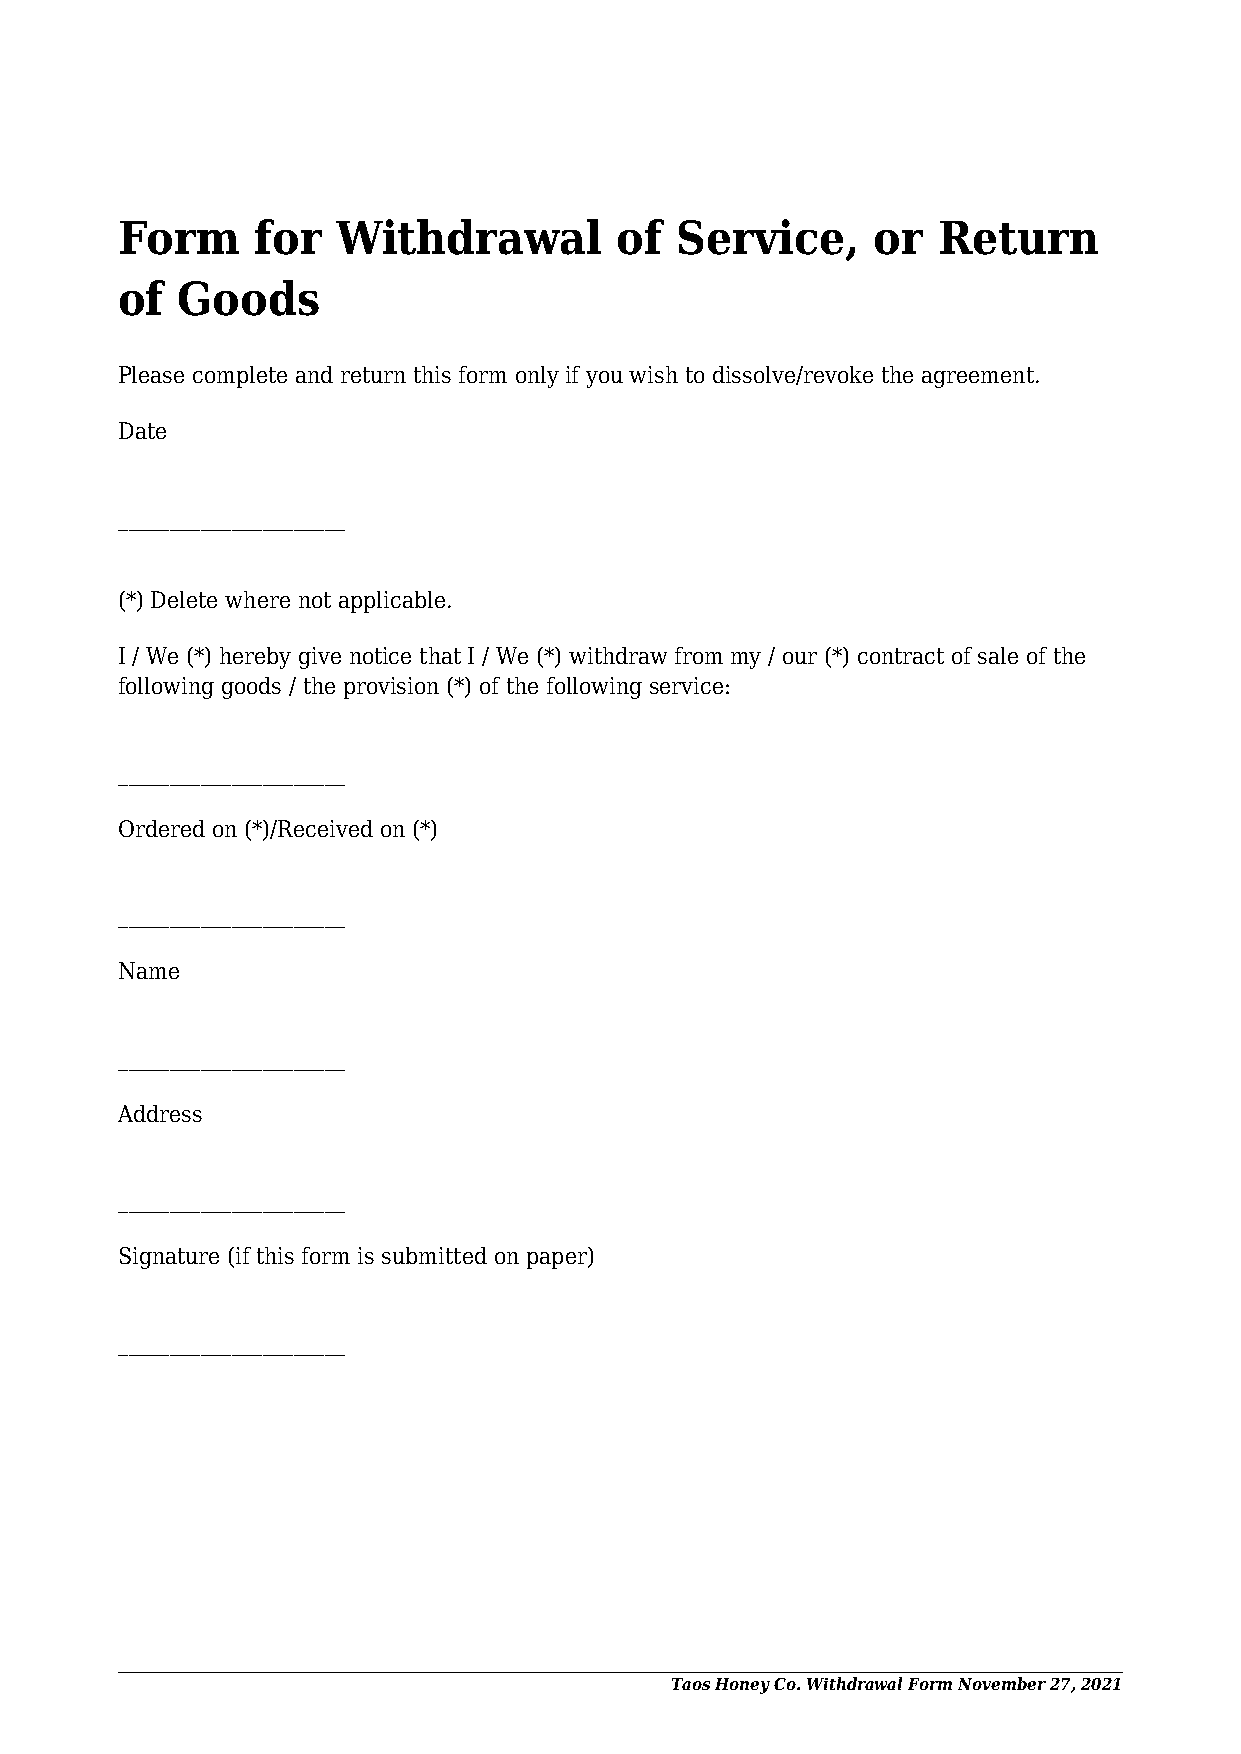
Form     for  Withdrawal         of  Service,     or  Return
 of  Goods
 Please complete and return this form only if you wish to dissolve/revoke the agreement.
 Date
 ______________________
 (*) Delete where not applicable.
 I / We (*) hereby give notice that I / We (*) withdraw from my / our (*) contract of sale of the
 following goods / the provision (*) of the following service:
 ______________________
 Ordered on (*)/Received on (*)
 ______________________
 Name
 ______________________
 Address
 ______________________
 Signature (if this form is submitted on paper)
 ______________________
 Taos Honey Co. Withdrawal Form November 27, 2021